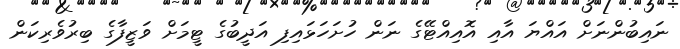
ނައިބުންނަށް އައްޔަ އާއި އޮއިއްޓޭގެ ނަން ހުށަހަޅައިފި އަދީބުގެ ޓީމަށް ވަޒީފާގެ ބިރުވެރިކަން